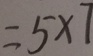
= 5 \times 7